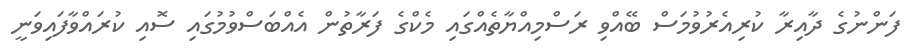
ފަންނުގެ ދާއިރާ ކުރިއެރުވުމަސް ބޭއްވި ރަސްމިއްޔާތެއްގައި މެކްގެ ފަރާތުން އެއްބަސްވުމުގައި ސޮއި ކުރައްވާފައިވަނީ